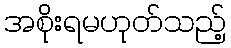
အစိုးရမဟုတ်သည့်